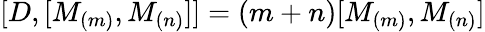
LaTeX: \lbrack D,[M_{(m)},M_{(n)}]]=(m+n)[M_{(m)},M_{(n)}]